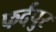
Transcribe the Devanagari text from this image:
फर्दपुर